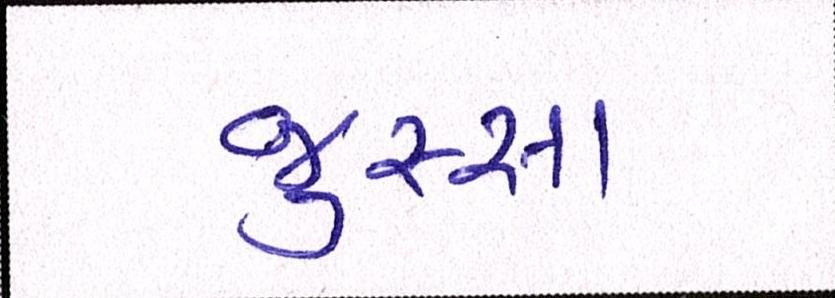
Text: જુસ્સા